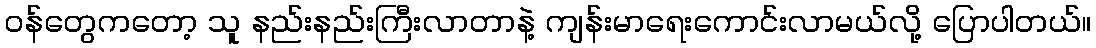
ဝန်တွေကတော့ သူ နည်းနည်းကြီးလာတာနဲ့ ကျန်းမာရေးကောင်းလာမယ်လို့ ပြောပါတယ်။